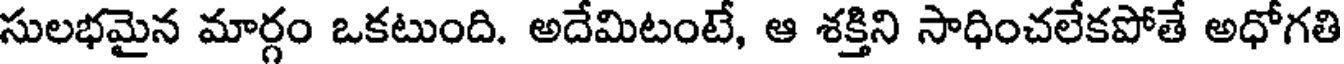
సులభమైన మార్గం ఒకటుంది. అదేమిటంటే, ఆ శక్తిని సాధించలేకపోతే అధోగతి